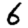
Digit: 6